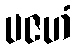
ပဇဟံ